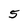
Character: 5